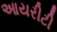
આયરીટી